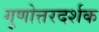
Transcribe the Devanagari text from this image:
गुणोत्तरदर्शक